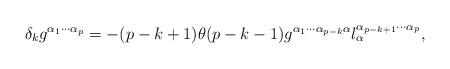
LaTeX: \begin{align*}\delta_{k} g^{\alpha_{1} \cdots \alpha_{p}}=-(p-k+1) \theta (p-k-1)g^{\alpha_{1} \cdots \alpha_{p-k} \alpha} l_{\alpha}^{\alpha_{p-k+1} \cdots\alpha_{p}}, \end{align*}